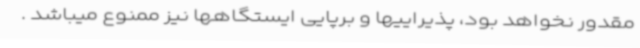
مقدور نخواهد بود، پذیراییها و برپایی ایستگاهها نیز ممنوع میباشد .